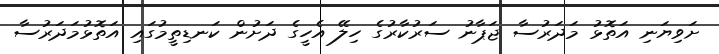
ށަވިޔަނި އަތޮޅު މަދަރުސާ ޖަޕާނު ސަރުކާރުގެ ހިލޭ އެހީގެ ދަށުން ކަނޑިތީމުގައި އަތޮޅުމަދަރުސާ